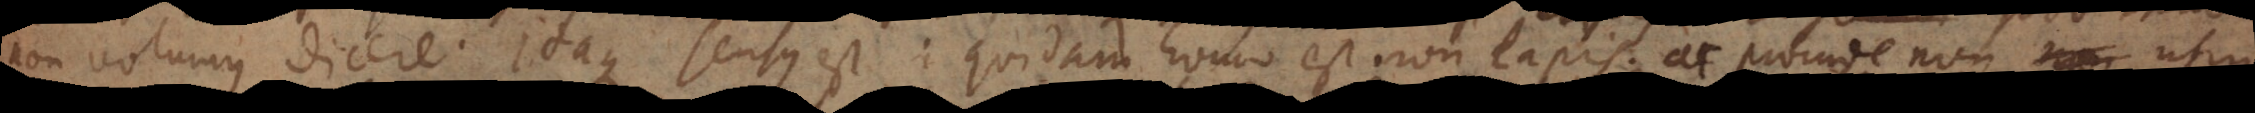
non volumus dicere. Itaque sensus est: quidam homo est non-lapis, ac proinde non non